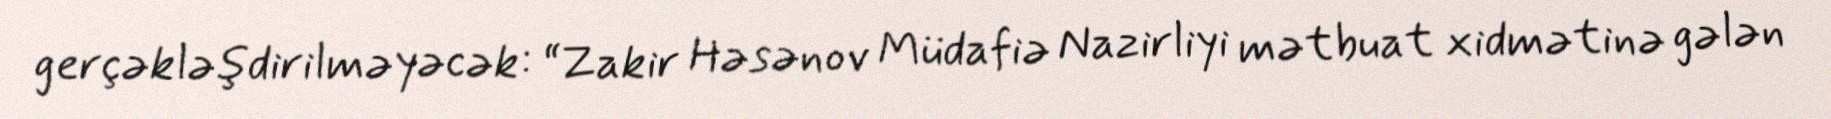
gerçəkləşdirilməyəcək: “Zakir Həsənov Müdafiə Nazirliyi mətbuat xidmətinə gələn